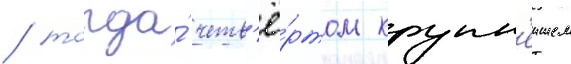
/ тогда́ четв'ё́ртом крупн'еишем